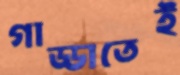
গাড্ডাতেই